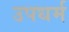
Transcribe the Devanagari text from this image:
उपधर्म